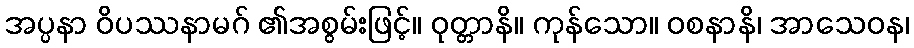
အပ္ပနာ ဝိပဿနာမဂ် ၏အစွမ်းဖြင့်။ ဝုတ္တာနိ။ ကုန်သော။ ဝစနာနိ၊ အာသေဝန၊